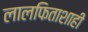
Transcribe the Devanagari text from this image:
लालफिताशाही